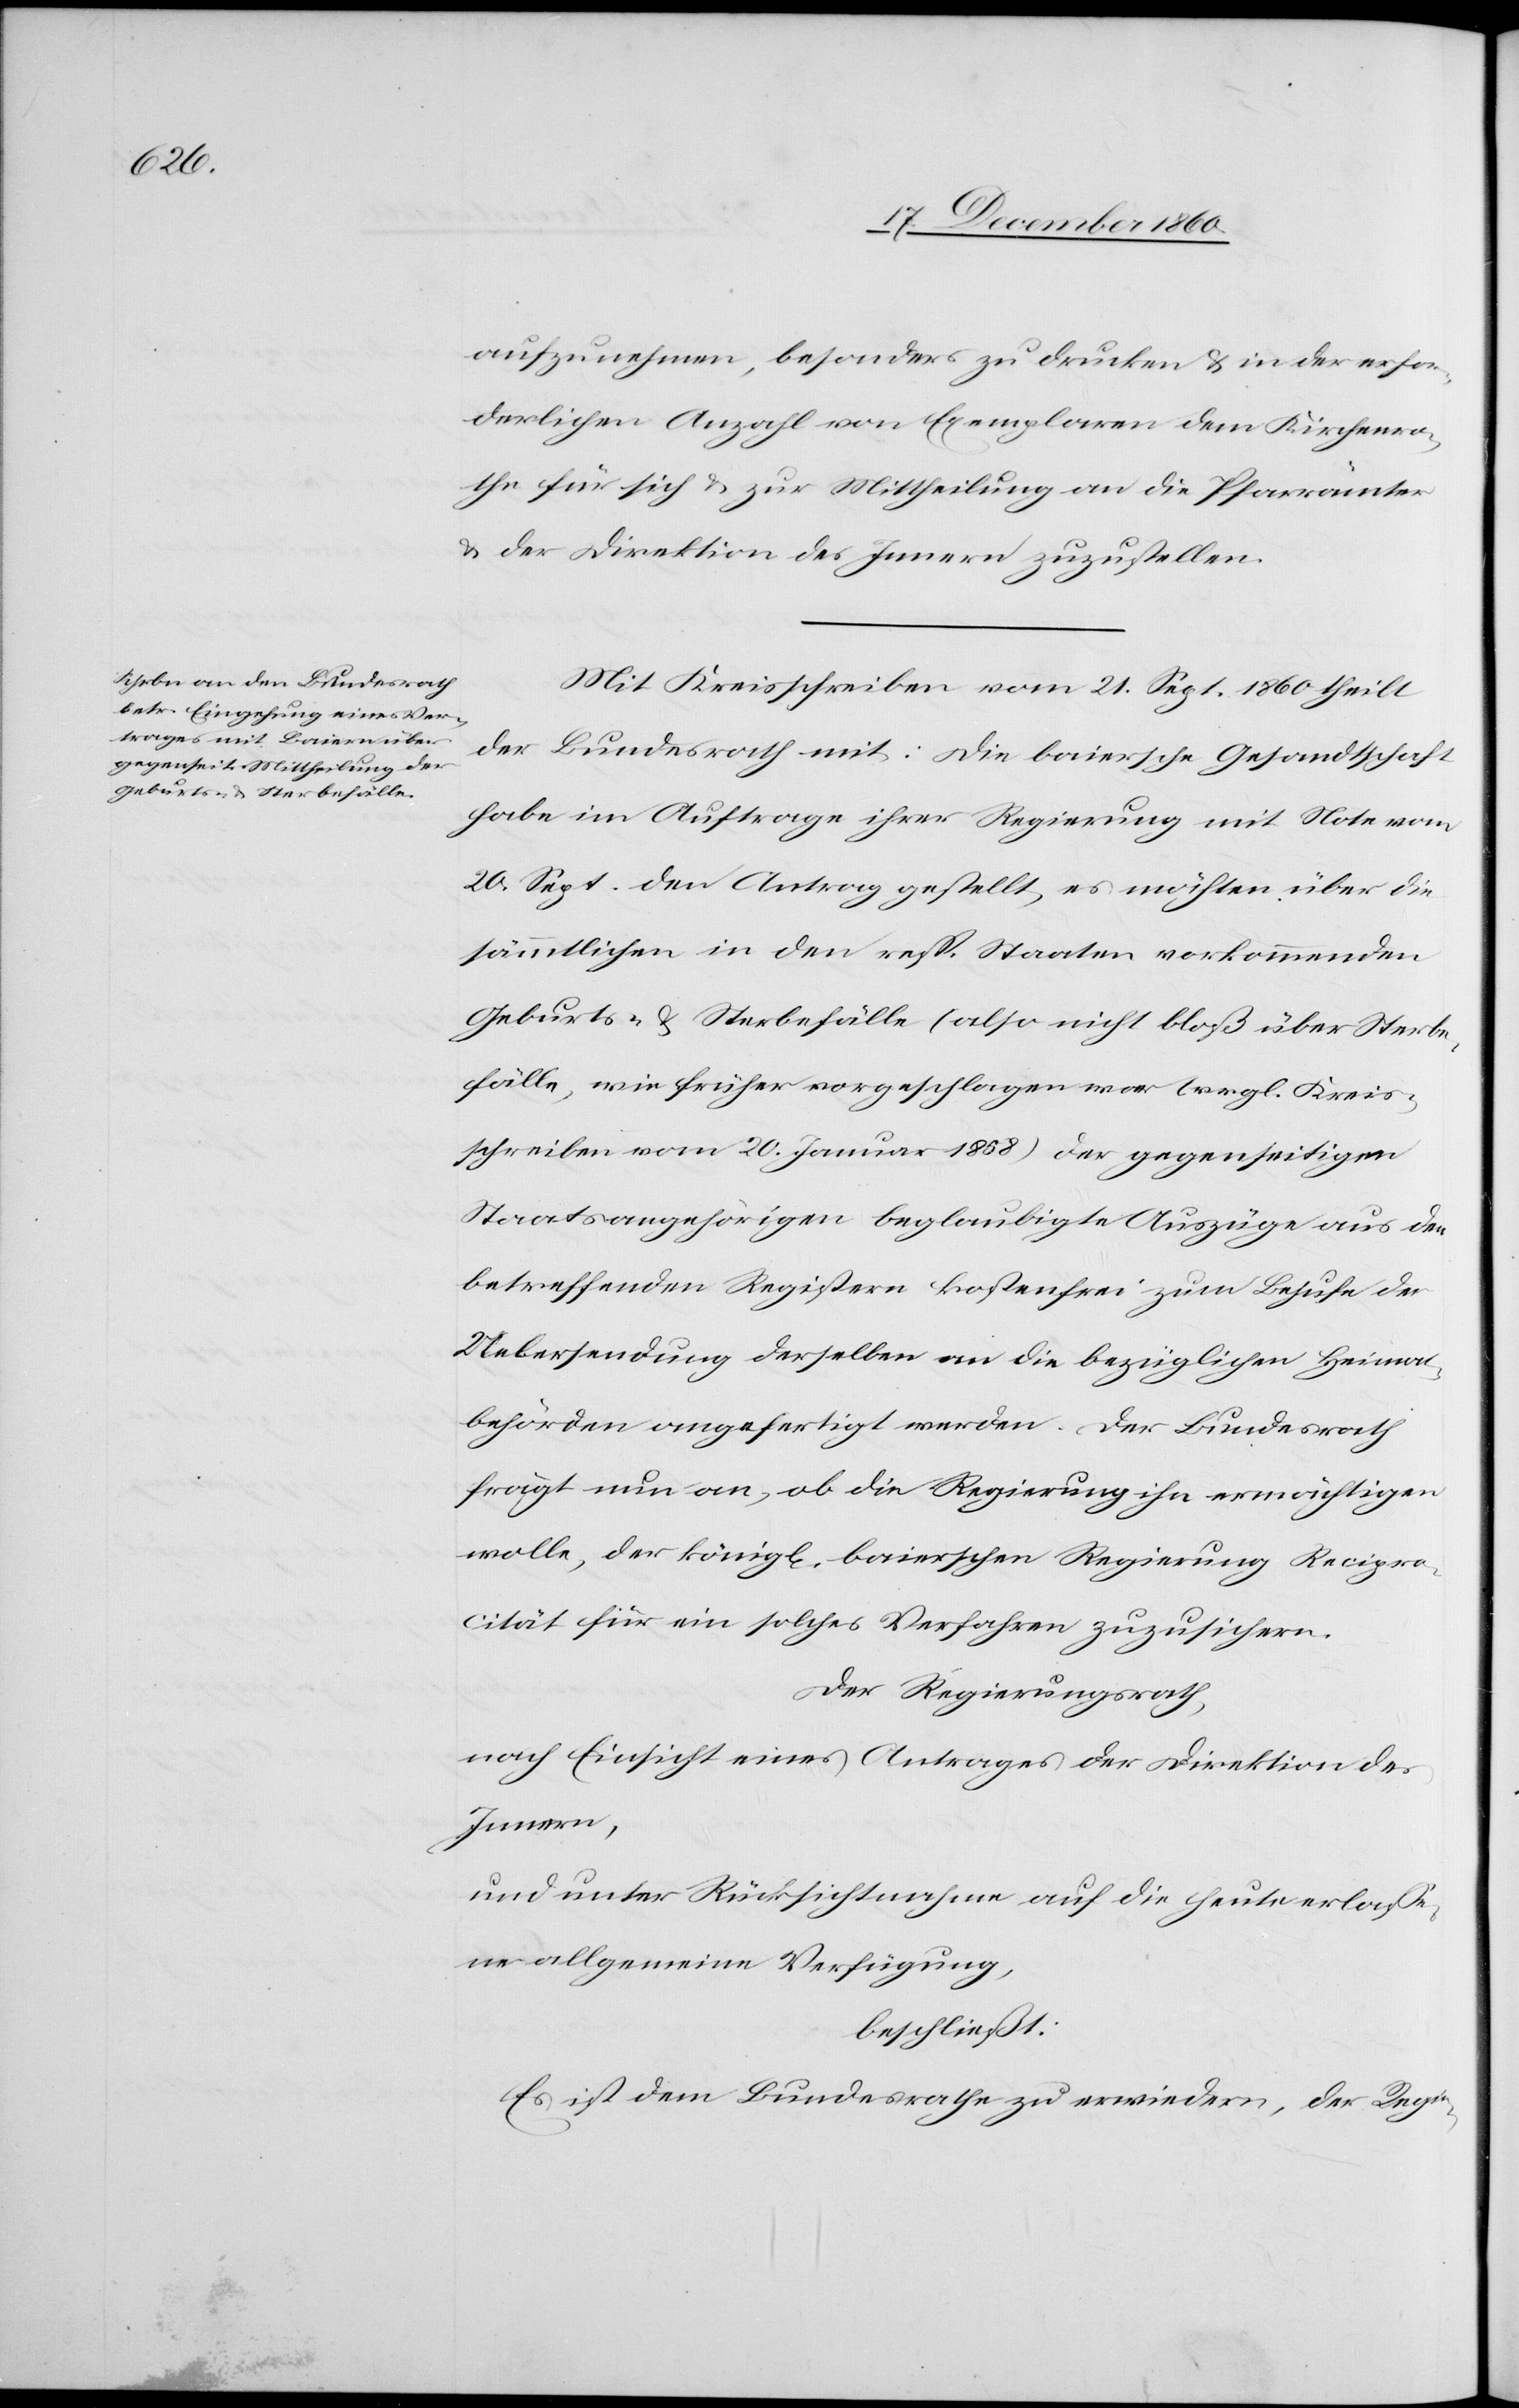
aufzunehmen, besonders zu drucken u. in der erfor¬
derlichen Anzahl von Exemplaren dem Kirchenra¬
the für sich u. zur Mittheilung an die Pfarrämter
u. der Direktion des Innern zuzustellen.
Mit Kreisschreiben vom 21. Sept. 1860 theilt
der Bundesrath mit: Die baiersche Gesandtschaft
habe im Auftrage ihrer Regierung mit Note vom
20. Sept. den Antrag gestellt, es möchten über die
sämmtlichen in den resp. Staaten vorkommenden
Geburts- u. Sterbefälle (also nicht bloß über Sterbe¬
fälle, wie früher vorgeschlagen war [vergl. Kreis¬
schreiben vom 20. Januar 1858][)] der gegenseitigen
Staatsangehörigen beglaubigte Auszüge aus den
betreffenden Registern kostenfrei zum Behuf der
Uebersendung derselben an die bezüglichen Heimat¬
behörden angefertigt werden. Der Bundesrath
frägt nun an, ob die Regierung ihn ermächtigen
wolle, der könig[lichen] baierschen Regierung Recipro¬
cität für ein solches Verfahren zuzusichern.
Der Regierungsrath,
nach Einsicht eines Antrages der Direktion des
Innern,
und unter Rücksichtnahme auf die heute verlasse¬
ne allgemeine Verfügung,
beschließt:
Es ist dem Bundesrathe zu erwiedern, der Regie-